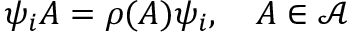
\psi _ { i } A = \rho ( A ) \psi _ { i } , \quad A \in \mathcal { A }